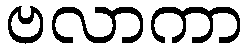
ဗလာကာ